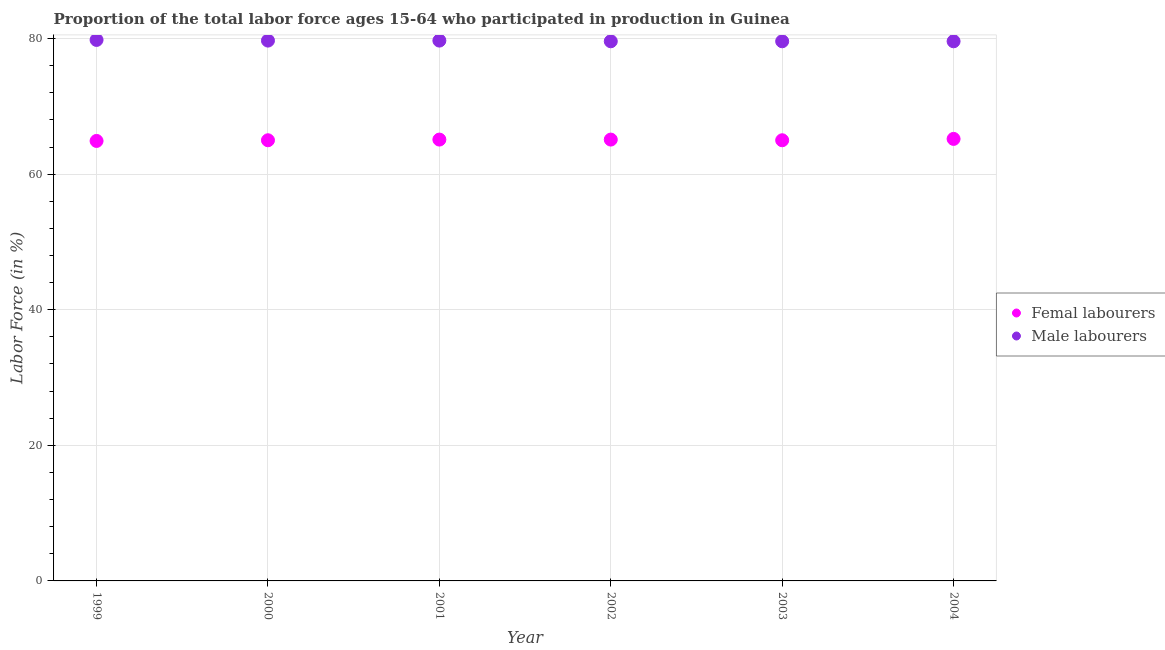
| Year | Femal labourers | Male labourers |
 | --- | --- | --- |
 | 1999 | 64.9 | 79.8 |
 | 2000 | 65 | 79.7 |
 | 2001 | 65.1 | 79.7 |
 | 2002 | 65.1 | 79.6 |
 | 2003 | 65 | 79.6 |
 | 2004 | 65.2 | 79.6 |